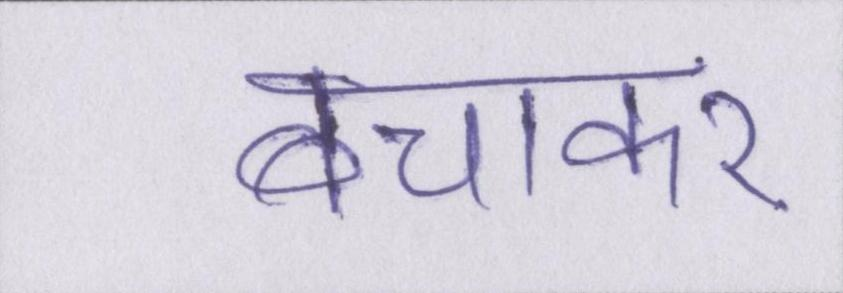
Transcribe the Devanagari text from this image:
बचाकर